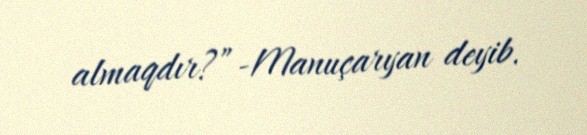
almaqdır?”-Manuçaryan deyib.